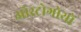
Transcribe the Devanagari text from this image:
ऑस्ट्रोगोथों